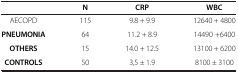
|  | N | CRP | WBC |
 | --- | --- | --- | --- |
 | AECOPD | 115 | 9.8 + 9.9 | 12640 + 4800 |
 | PNEUMONIA | 64 | 11.2 + 8.9 | 14490 +6400 |
 | OTHERS | 15 | 14.0 + 12.5 | 13100 + 6200 |
 | CONTROLS | 50 | 3,5 ± 1.9 | 8100 ± 3100 |